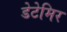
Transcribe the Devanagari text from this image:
डेटेमिर